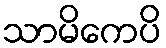
သာမိကေပိ